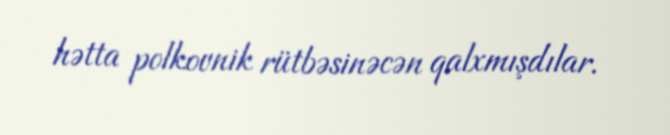
hətta polkovnik rütbəsinəcən qalxmışdılar.